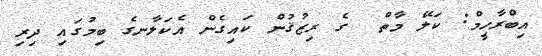
އިބްރާހީމް: ކަލޭ މާތް  ގެ ރިޒުޤުން ކައިގެން އެކަލާނގެ ބިމުގައި ދިރި